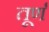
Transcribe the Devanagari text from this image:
तूर्ण